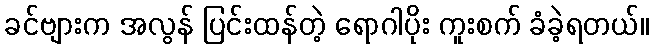
ခင်ဗျားက အလွန် ပြင်းထန်တဲ့ ရောဂါပိုး ကူးစက် ခံခဲ့ရတယ်။